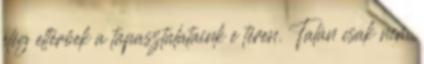
elég eltérőek a tapasztalataink e téren. Talán csak nem